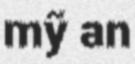
mỹ an